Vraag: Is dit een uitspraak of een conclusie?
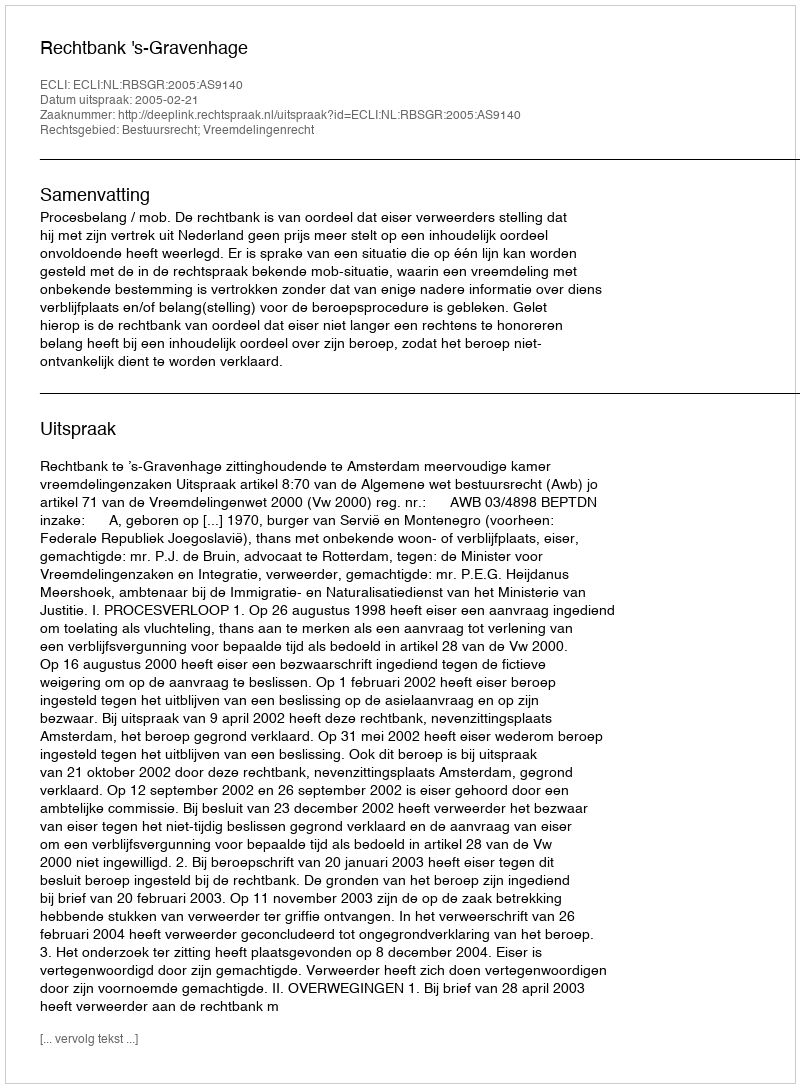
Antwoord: Uitspraak